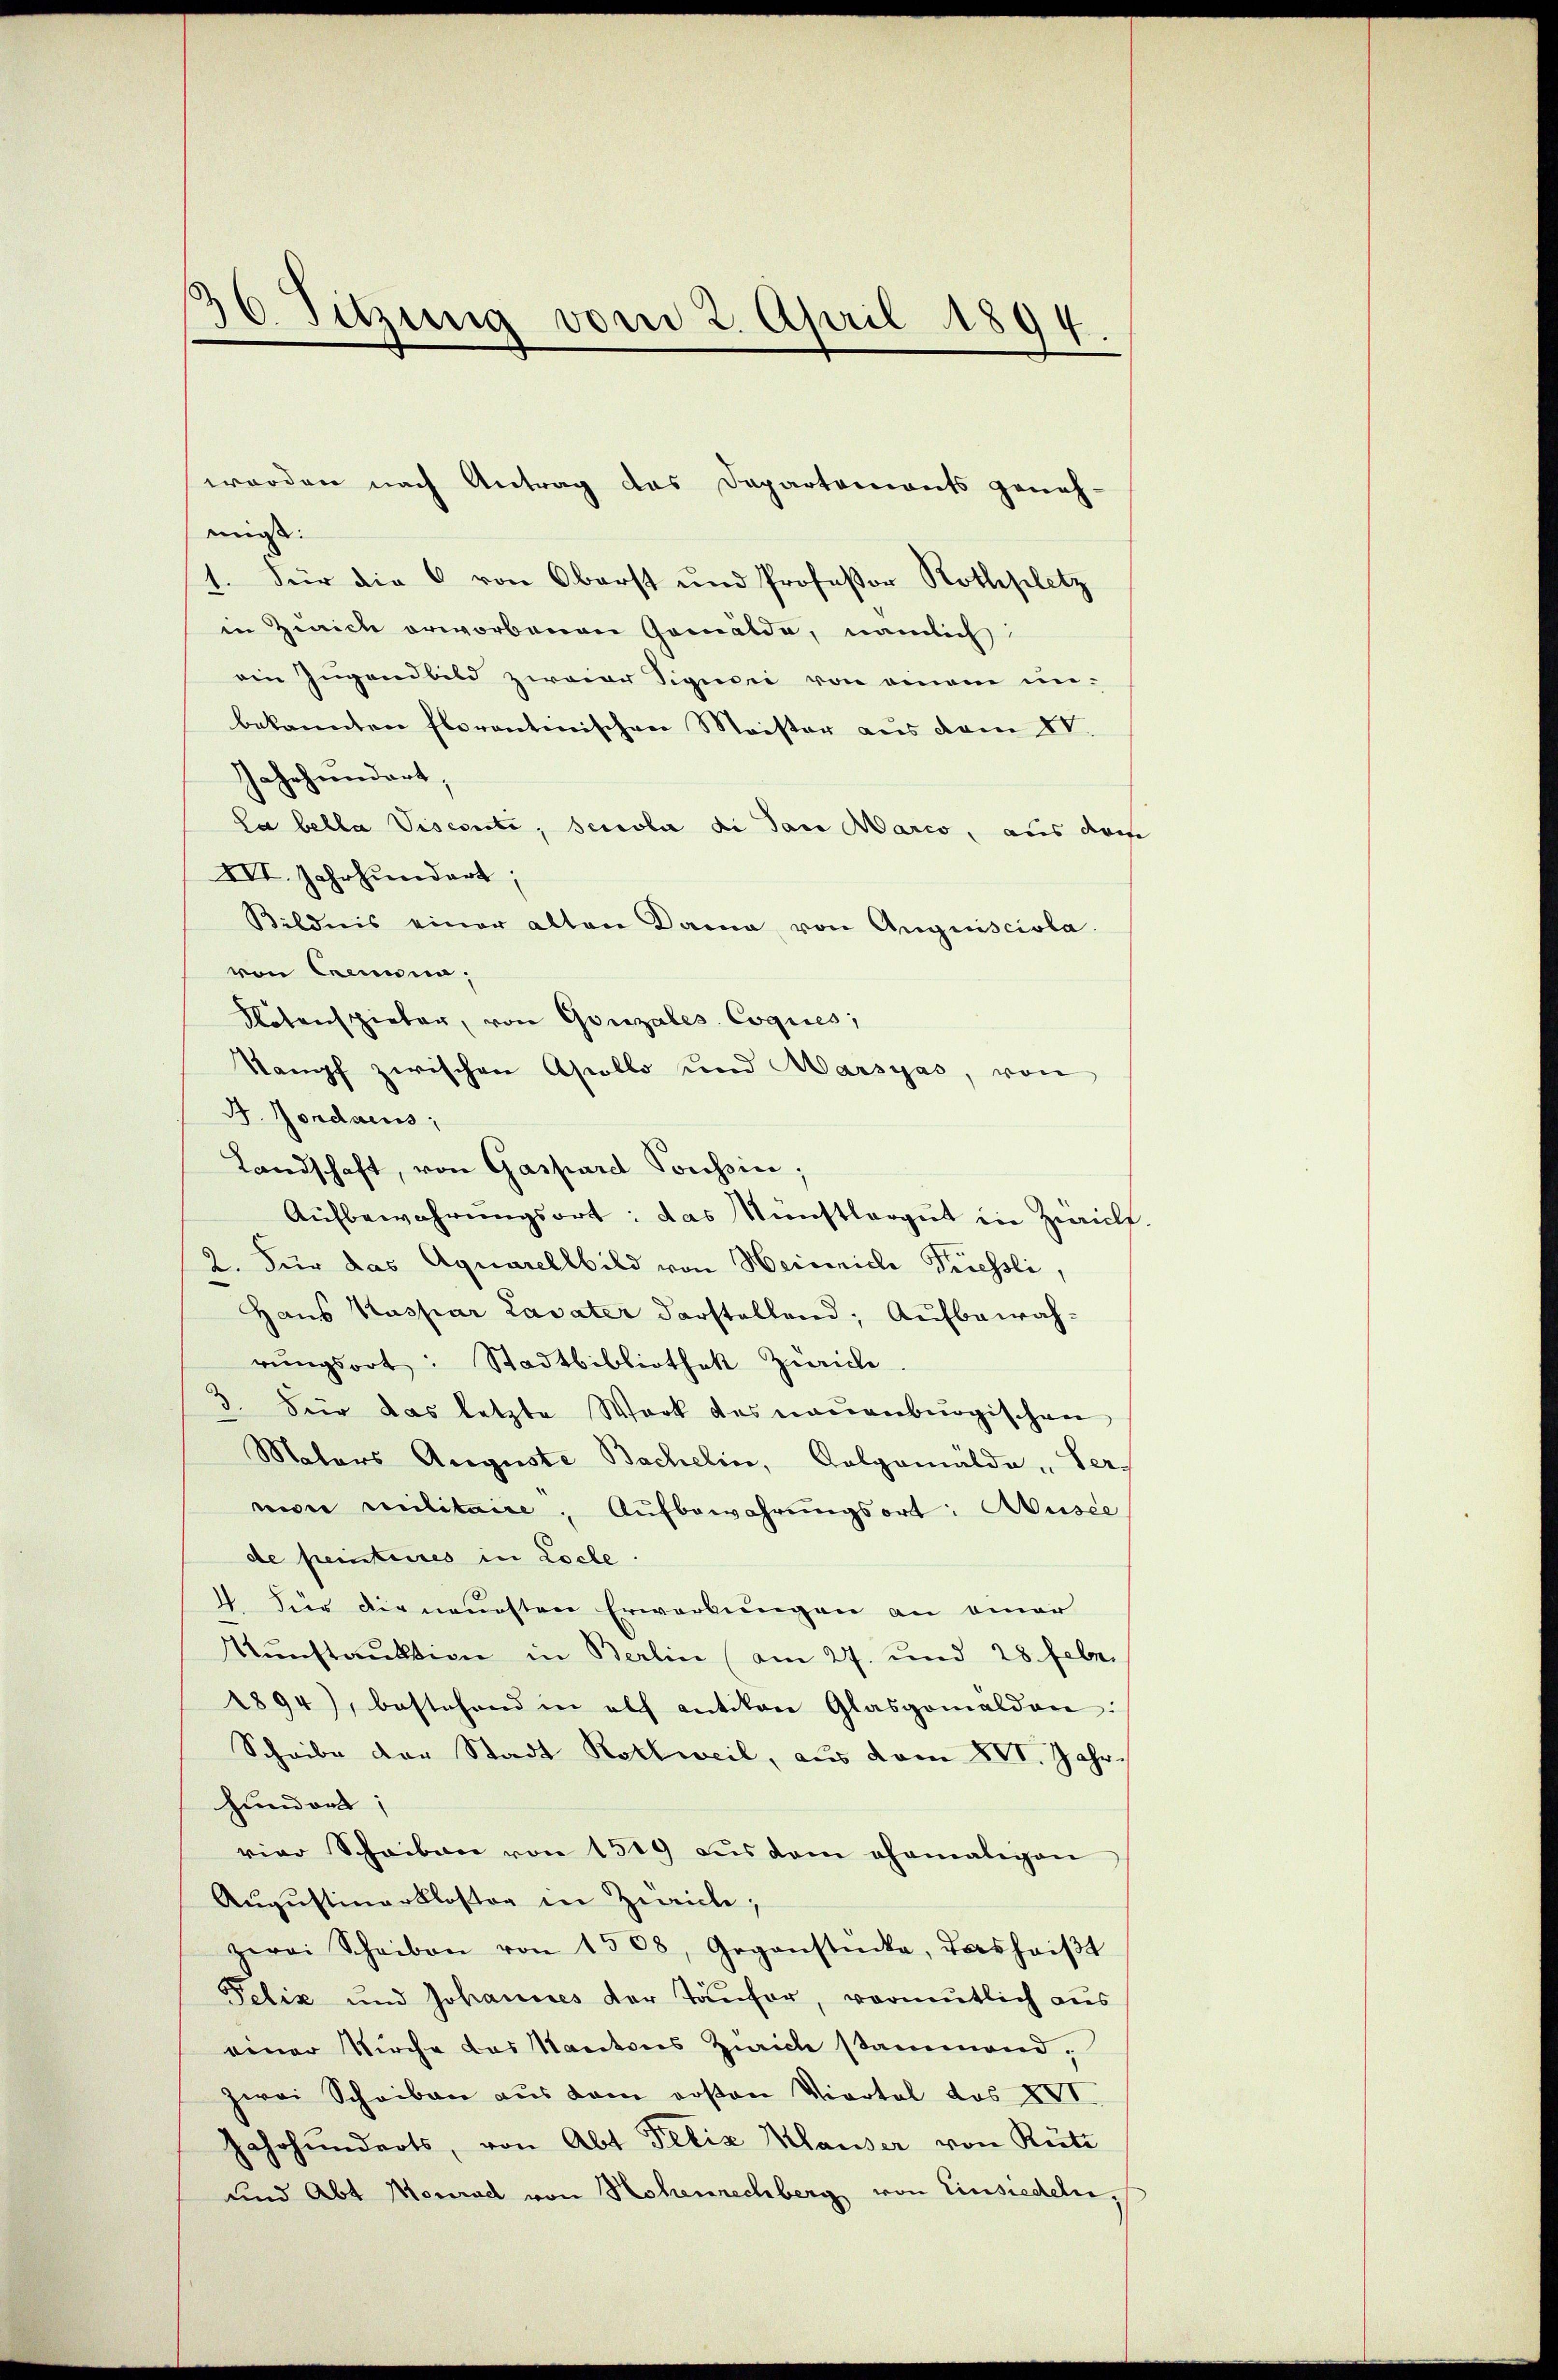
36. Setzung vom 2. April 1894.

mit:
1. Für die 6 von Oberst und Professor Rothplatz
in Zürich erworbenen Gemälde, nämlich
ein Zugandbild zweier Signori von einem unbekannten florentinischen Meister aus dem IV.
Jahrhundert,
Sa bella Viscrite, secober di San Marco, aus der
IVI. Jahrhundert;
Bildnis einer alten Dama von Anguisciola.
von Cremona;
Notenspieler, von Gonzales Coques;
Stampf zwischen Apollo und Warsyas, von
D. Gondaeus,
Landschaft, von Gaspard Pocessin;
Aŭfbewahrŭngsort: das Münstlergut in Zwicke
2. Für das Aquarellbild von Heinriche Priessli,
Haus Kaspar Lavater darstellend; Aufbewahrungsort: Stadtbibliothek Zürich
3. Für das letzte Werk des neuenburgischen
Maters Auguste Bachelin, Golgomälde Ser-
niore militaire, Aŭfbewahrŭngsort: Ausee
de peinteres in Loche.
4. Für die neuesten Erwerbungen an einer
Kunstruktion in Berlin (am 27. und 28 febr.
1894), bestehend in elf antikon Glasgomalden:
Scheibe der Stadt Rothweil, aus dem XVI. Jahr
hundert;
vier Scheiben von 1519 aŭs dem ehemaligen
Aŭgŭstinerkloster in Zürich;
zwei Scheiben von 1508, Gegenstücke, dashaiβt
Felix und Johannes der Täŭfer, vormutlich aus
einer Kirche das Kantons Zürich stammend,
zwei Scheiben aus dem poston Viertel des XVI.
Jahrhunderts, von Abt Pelia Klauser von Rüti
und Abt Nonrad von Hohenrechberg von Einsiedeln,

worden nach Antrag des Departements geneh-